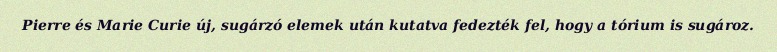
Pierre és Marie Curie új, sugárzó elemek után kutatva fedezték fel, hogy a tórium is sugároz.